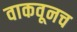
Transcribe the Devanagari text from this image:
वाकवूनच